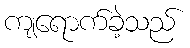
ကျရောက်ခဲ့သည်